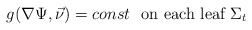
\begin{align*}g(\nabla \Psi, \vec{\nu}) = const \ \ \textnormal{on each leaf } \Sigma_{t}\end{align*}